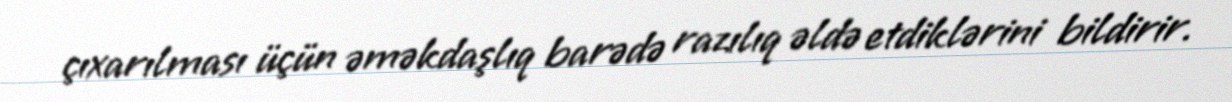
çıxarılması üçün əməkdaşlıq barədə razılıq əldə etdiklərini bildirir.